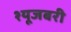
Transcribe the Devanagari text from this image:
श्यूजबरी